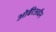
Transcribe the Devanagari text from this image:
ओबैरेअधैन